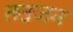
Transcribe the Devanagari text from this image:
तउजन